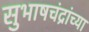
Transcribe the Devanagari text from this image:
सुभाषचंद्रांच्या